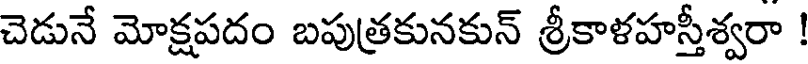
చెడునే మోక్షపదం బపుత్రకునకున్ శ్రీకాళహస్తీశ్వరా !